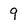
Character: 9